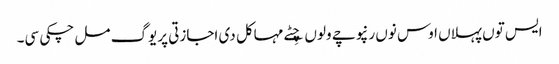
ایس توں پہلاں اوس نوں رنپوچے ولوں چِٹے مہاکل دی اجازتی پریوگ مل چکی سی۔